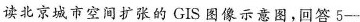
读北京城市空间扩张的GIS图像示意图，回答5-